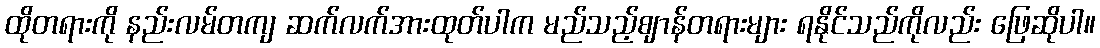
ထိုတရားကို နည်းလမ်တကျ ဆက်လက်အားထုတ်ပါက မည်သည့်ဈာန်တရားများ ရနိုင်သည်ကိုလည်း ဖြေဆိုပါ။